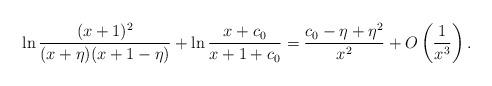
LaTeX: \begin{align*}\ln\frac{(x+1)^2}{(x+\eta)(x+1-\eta)}+\ln \frac{x+c_0}{x+1+c_0}=\frac{c_0-\eta+ \eta^2}{x^2}+O\left(\frac{1}{x^3}\right).\end{align*}